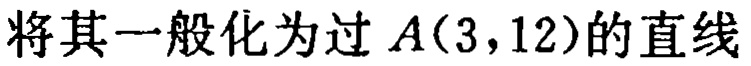
将其一般化为过 \(A(3,12)\) 的直线